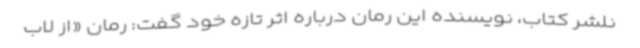
نلشر کتاب، نویسنده این رمان درباره اثر تازه خود گفت: رمان «از لاب